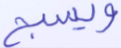
ويسبح